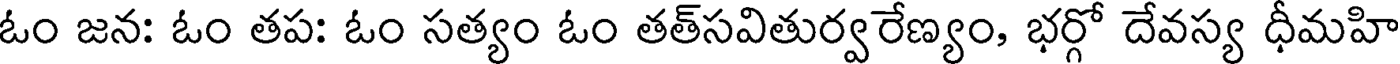
ఓం జన: ఓం తప: ఓం సత్యం ఓం తత్సవితుర్వరేణ్యం, భర్గో దేవస్య ధీమహి